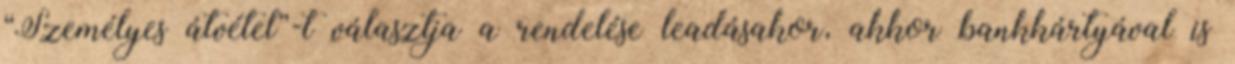
“Személyes átvétel”-t választja a rendelése leadásakor, akkor bankkártyával is